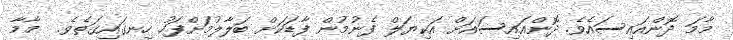
މާމަ ދޮންއައިސައެވެ. ދޮންއައިސައަށް އަކިޔަލް ފެނުމުން ފާޑަކަށް ބަލާލުމަށްފަހު ހިނގައިގަތެވެ.  މާމާ